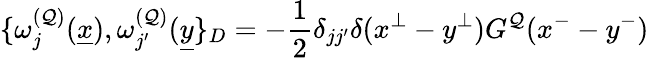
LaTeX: \{ \omega_{j}^{({\cal Q})}(\underline{{{x}}}),\omega_{j^{\prime}}^{({\cal Q})}(\underline{{{y}}}\} _{D}=-\frac{1}{2}\delta_{jj^{\prime}}\delta(x^{\perp}-y^{\perp})G^{{\cal Q}}(x^{-}-y^{-})